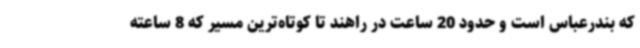
که بندرعباس است و حدود 20 ساعت در راهند تا کوتاه‌ترین مسیر که 8 ساعته